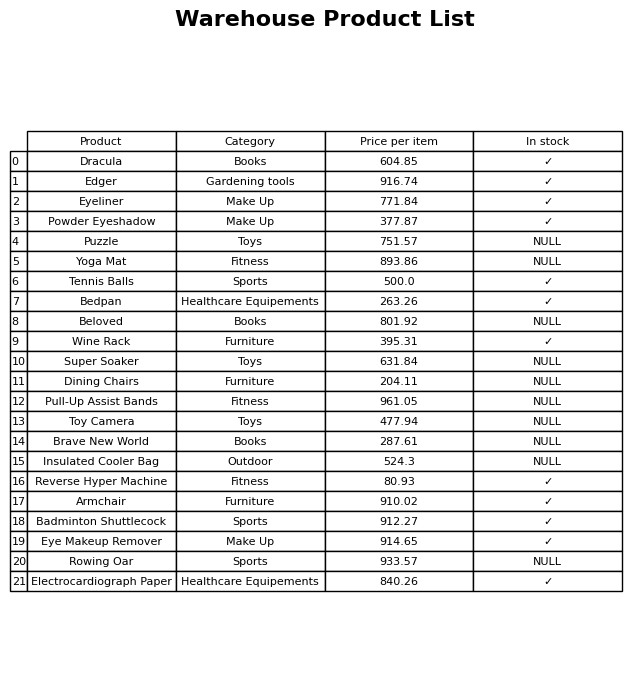
question: Is the Super Soaker in stock?
answer: NULL